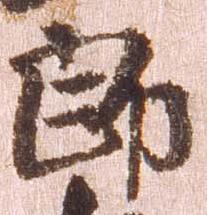
郎